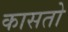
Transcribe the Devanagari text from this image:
कासतो